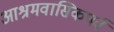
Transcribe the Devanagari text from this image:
आश्रमवासिकपर्व